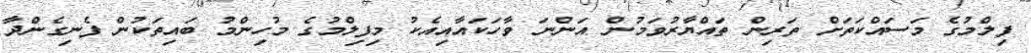
ފިލްމުގެ މަސައްކަތަށް ތަރިން ތައްޔާރުވަމުން އަންނަ ވާހަކައާއިއެކު މިފިލްމުގެ މުހިންމު ބައިތަކުން ފެނިގެންދާ